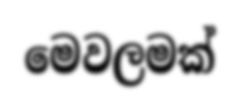
මෙවලමක්